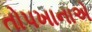
તોપખાનાએ